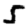
Digit: 5